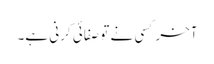
آخر کسی نے تو صفائی کرنی ہے۔